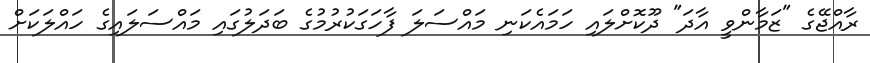
ރާއްޖޭގެ "ޒަމާންވީ އާދަ" ދޫކޮށްލައި ހަމައެކަނި މައްސަލަ ފާހަގަކުރުމުގެ ބަދަލުގައި މައްސަލައިގެ ހައްލަކަށް